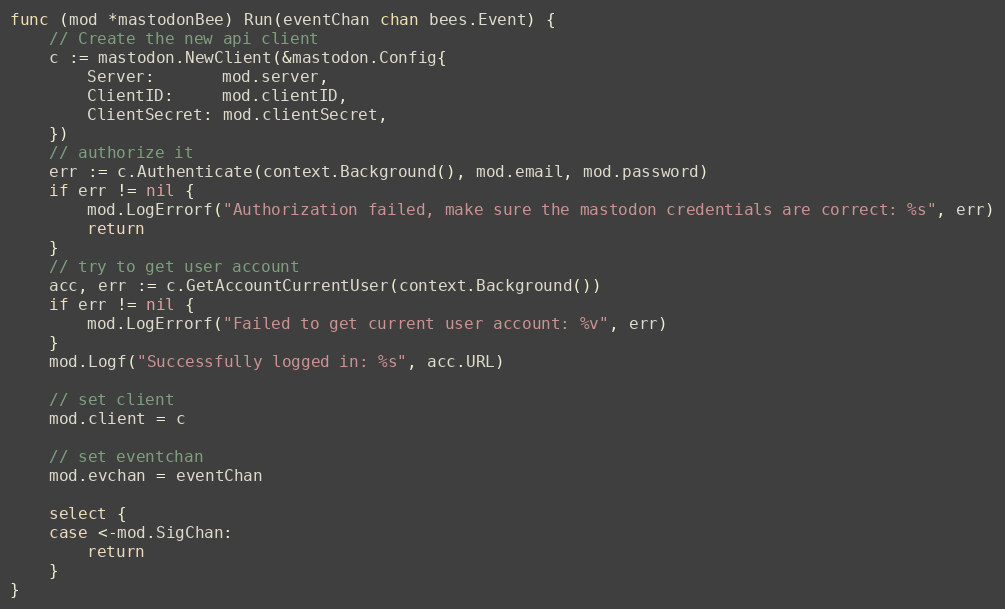
Language: Go
func (mod *mastodonBee) Run(eventChan chan bees.Event) {
	// Create the new api client
	c := mastodon.NewClient(&mastodon.Config{
		Server:       mod.server,
		ClientID:     mod.clientID,
		ClientSecret: mod.clientSecret,
	})
	// authorize it
	err := c.Authenticate(context.Background(), mod.email, mod.password)
	if err != nil {
		mod.LogErrorf("Authorization failed, make sure the mastodon credentials are correct: %s", err)
		return
	}
	// try to get user account
	acc, err := c.GetAccountCurrentUser(context.Background())
	if err != nil {
		mod.LogErrorf("Failed to get current user account: %v", err)
	}
	mod.Logf("Successfully logged in: %s", acc.URL)

	// set client
	mod.client = c

	// set eventchan
	mod.evchan = eventChan

	select {
	case <-mod.SigChan:
		return
	}
}